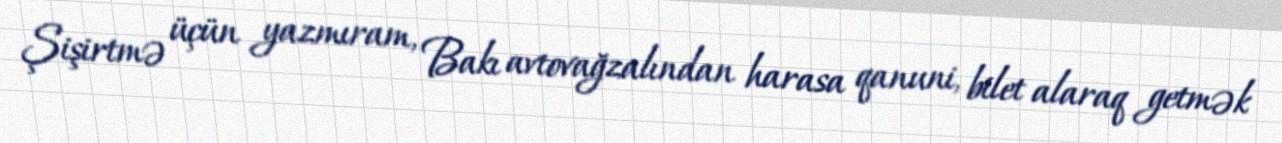
Şişirtmə üçün yazmıram, Bakı avtovağzalından harasa qanuni, bilet alaraq getmək